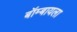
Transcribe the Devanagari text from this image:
बॉम्बायला